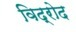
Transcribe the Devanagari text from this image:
विद्रोद